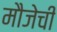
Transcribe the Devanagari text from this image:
मौजेची